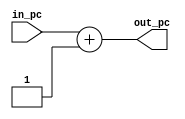
`timescale 1ns / 1ps

module PCIncrementer (
        input [31:0] in_pc,
        output reg [31:0] out_pc
    );

    always @(in_pc)
        out_pc = in_pc + 1;

endmodule // PCIncrementer